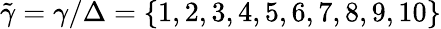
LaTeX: \tilde{\gamma}=\gamma/\Delta=\{ 1,2,3,4,5,6,7,8,9,10\}